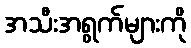
အသီးအရွက်များကို